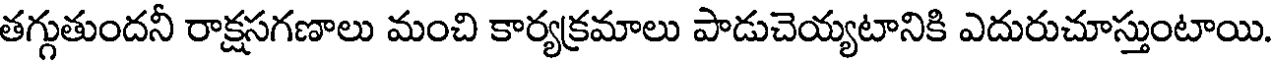
తగ్గుతుందనీ రాక్షసగణాలు మంచి కార్యక్రమాలు పాడుచెయ్యటానికి ఎదురుచూస్తుంటాయి.